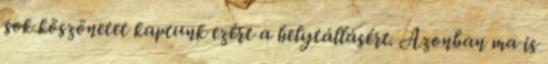
sok köszönetet kaptunk ezért a helytállásért. Azonban ma is